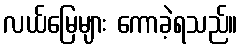
လယ်မြေများ ကောခဲ့ရသည်။